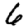
Digit: 6